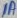
Text: 1A